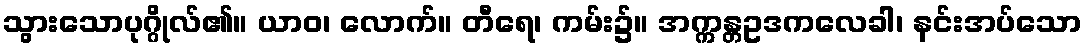
သွားသောပုဂ္ဂိုလ်၏။ ယာဝ၊ လောက်။ တီရေ၊ ကမ်း၌။ အက္ကန္တဥဒကလေခါ၊ နင်းအပ်သော